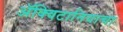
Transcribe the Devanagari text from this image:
ॲक्विटानियाचा